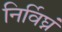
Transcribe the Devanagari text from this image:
निर्विघ्नं